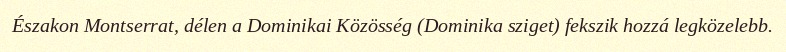
Északon Montserrat, délen a Dominikai Közösség (Dominika sziget) fekszik hozzá legközelebb.